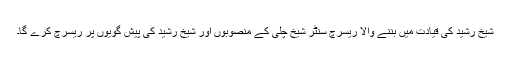
شیخ رشید کی قیادت میں بننے والا ریسرچ سنٹر شیخ چلی کے منصوبوں اور شیخ رشید کی پیش گویوں پر ریسرچ کرے گا۔